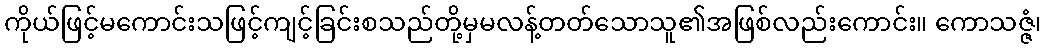
ကိုယ်ဖြင့်မကောင်းသဖြင့်ကျင့်ခြင်းစသည်တို့မှမလန့်တတ်သောသူ၏အဖြစ်လည်းကောင်း။ ကောသဇ္ဇံ၊